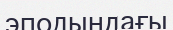
эподындағы